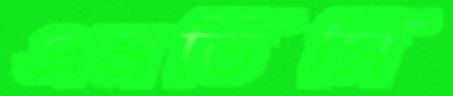
এমডিসি